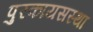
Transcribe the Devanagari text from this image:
पुरकायसस्था